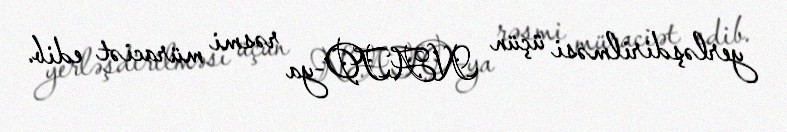
yerləşdirilməsi üçün NATO-ya rəsmi müraciət edib.